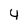
Character: 4